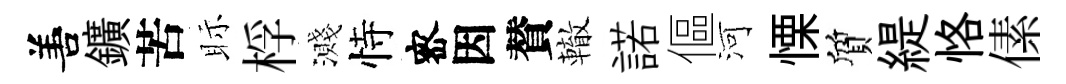
𠵊鑛苦眎桴濺恃宻因賛轍諾傴河慄質緹恪傃